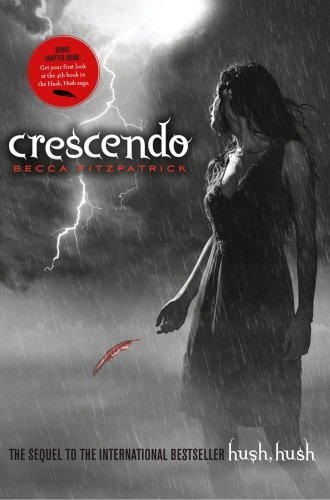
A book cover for Crescendo (The Hush, Hush Saga); Becca Fitzpatrick; Teen & Young Adult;